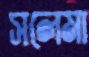
সলেমা